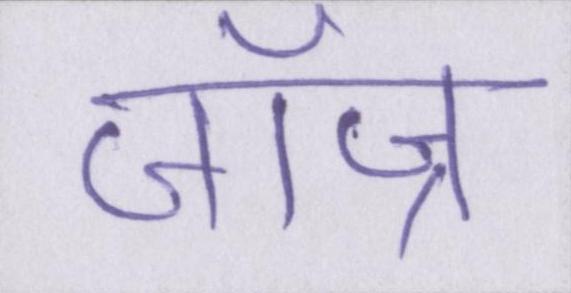
जॉज्र